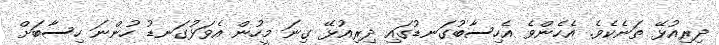
ދިރިއުޅޭ ތަނެކެވެ. އެހެންވެ އެހިސާބުގަނޑުގައި ދިރިއުޅޭ ގިނަ މީހުން އެވަޅުގަނޑު ހުންނަ ހިސާބަށް